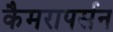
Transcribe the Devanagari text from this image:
कैमरापर्सन